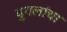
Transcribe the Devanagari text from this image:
युगलांचा